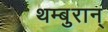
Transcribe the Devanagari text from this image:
थम्बुरान्